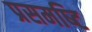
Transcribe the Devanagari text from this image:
प्रसमष्‍टि